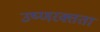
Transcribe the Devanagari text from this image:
उष्णरक्तता